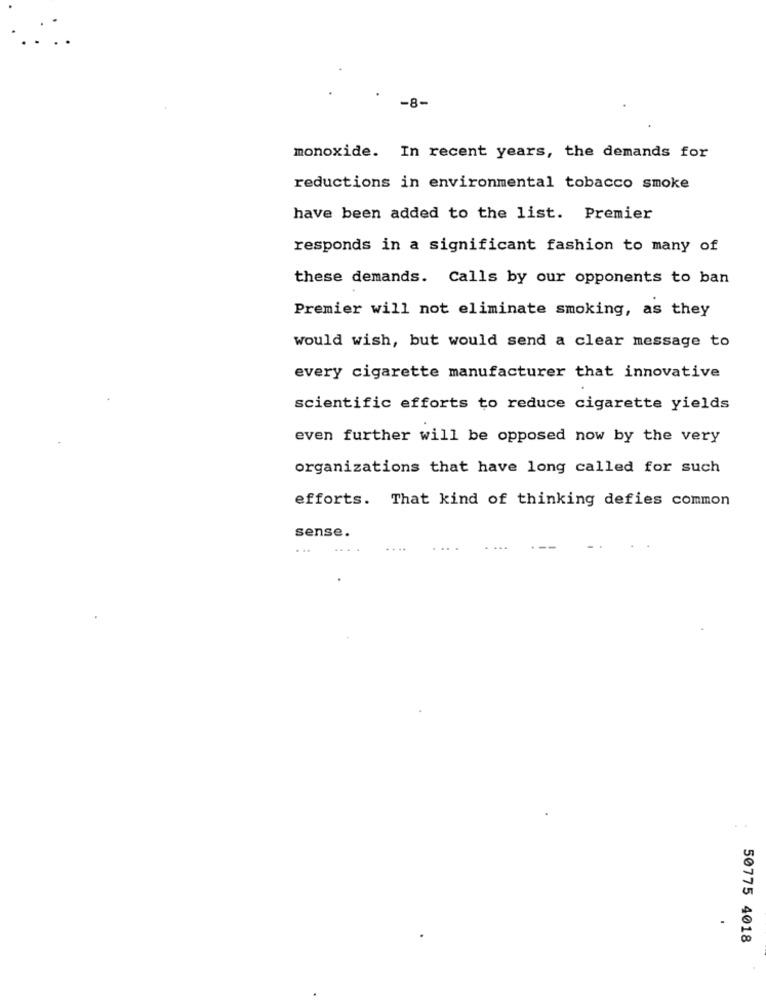
-8-
monoxide. In recent years, the demands for
reductions in environmental tobacco smoke
have been added to the list. Premier
responds in a significant fashion to many of
these demands. Calls by our opponents to ban
Premier will not eliminate smoking, as they
would wish, but would send a clear message to
every cigarette manufacturer that innovative
scientific efforts to reduce cigarette yields
even further will be opposed now by the very
organizations that have long called for such
efforts. That kind of thinking defies common
sense.
. ..
50775 4018